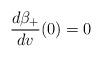
LaTeX: \begin{align*} \frac{d\beta_+}{dv}(0)=0\end{align*}